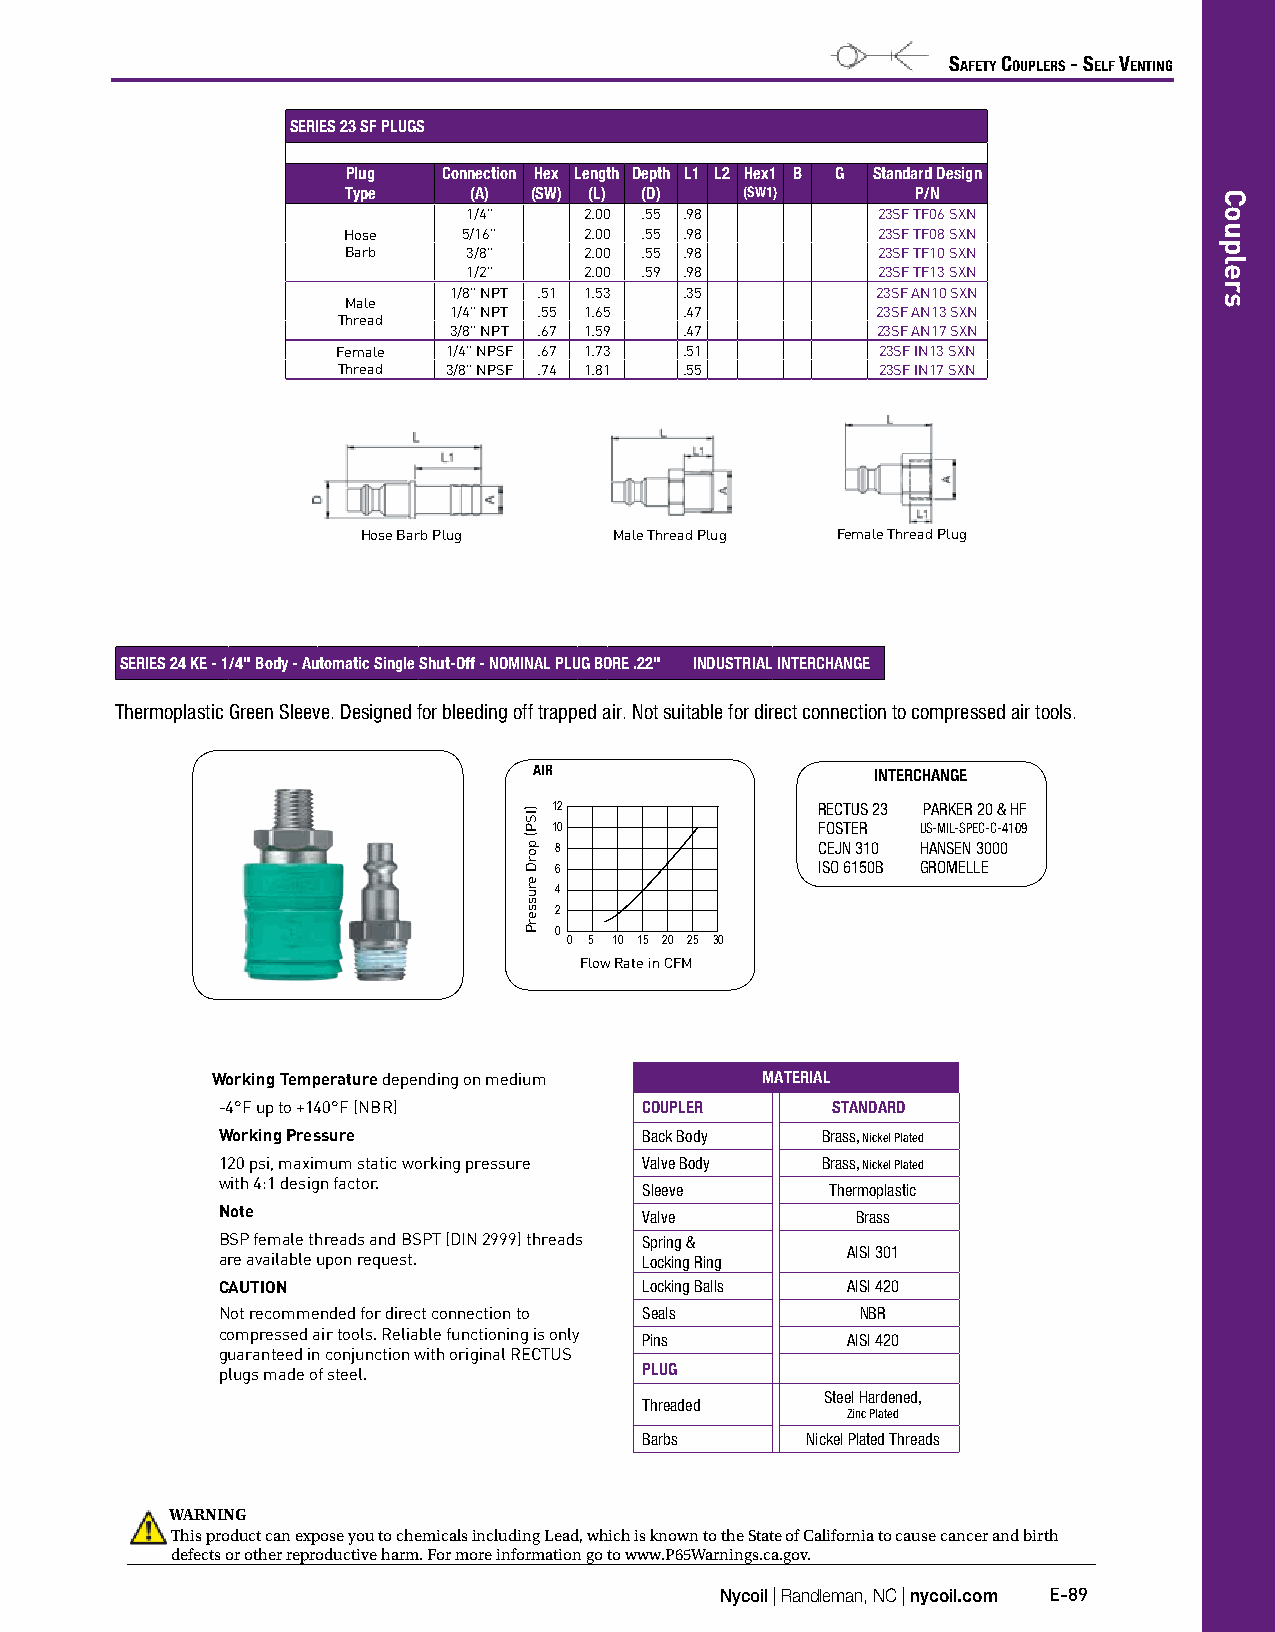
Safety CouplerS - Self Venting
 SERIES 23 SF PLUGS
 Plug  Connection Hex Length Depth L1 L2 Hex1 B G Standard Design
 Type    (A) (SW) (L) (D)  (SW1)       P/N
 1/4"    2.00 .55 .98       23SF TF06 SXN
 Hose    5/16"   2.00 .55 .98       23SF TF08 SXN
 Barb    3/8"    2.00 .55 .98       23SF TF10 SXN
 1/2"    2.00 .59 .98       23SF TF13 SXN
 1/8" NPT .51 1.53 .35       23SF AN10 SXN
 Male
 1/4" NPT .55 1.65 .47       23SF AN13 SXN
 Thread
 3/8" NPT .67 1.59 .47       23SF AN17 SXN
 Female  1/4" NPSF .67 1.73 .51      23SF IN13 SXN
 Thread  3/8" NPSF .74 1.81 .55      23SF IN17 SXN
 Hose Barb Plug   Male Thread Plug Female Thread Plug
 SERIES 24 KE - 1/4" Body - Automatic Single Shut-Off - NOMINAL PLUG BORE .22" INDUSTRIAL INTERCHANGE
 Thermoplastic Green Sleeve. Designed for bleeding off trapped air. Not suitable for direct connection to compressed air tools.
 AIR                    INTERCHANGE
 12               RECTUS 23 PARKER 20 & HF
 10               FOSTER US-MIL-SPEC-C-4109
 8                CEJN 310 HANSEN 3000
 6                ISO 6150B GROMELLE
 4
 2
 0
 0 5 10 15 20 25 30
 Flow Rate in CFM
 Working Temperature depending on medium MATERIAL
 -4°F up to +140°F (NBR)      COUPLER     STANDARD
 Working Pressure             Back Body  Brass, Nickel Plated
 120 psi, maximum static working pressure Valve Body Brass, Nickel Plated
 with 4:1 design factor.
 Sleeve      Thermoplastic
 Note                         Valve         Brass
 BSP female threads and BSPT (DIN 2999) threads Spring &
 AISI 301
 are available upon request.  Locking Ring
 CAUTION                      Locking Balls AISI 420
 Not recommended for direct connection to Seals NBR
 compressed air tools. Reliable functioning is only
 Pins         AISI 420
 guaranteed in conjunction with original RECTUS
 plugs made of steel.         PLUG
 Steel Hardened,
 Threaded
 Zinc Plated
 Barbs     Nickel Plated Threads
 WARNING
 This product can expose you to chemicals including Lead, which is known to the State of California to cause cancer and birth
 defects or other reproductive harm. For more information go to www.P65Warnings.ca.gov.
 Nycoil | Randleman, NC | nycoil.com E-89
 )ISP(
 porD
 erusserP
 Couplers